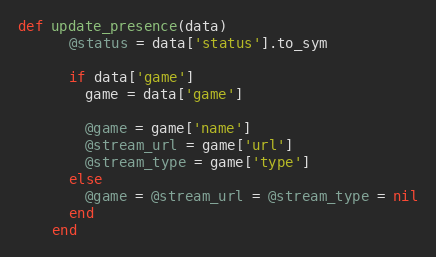
Language: Ruby
def update_presence(data)
      @status = data['status'].to_sym

      if data['game']
        game = data['game']

        @game = game['name']
        @stream_url = game['url']
        @stream_type = game['type']
      else
        @game = @stream_url = @stream_type = nil
      end
    end